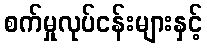
စက်မှုလုပ်ငန်းများနှင့်